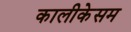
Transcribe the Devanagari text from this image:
कालीकेसम